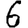
Digit: 6